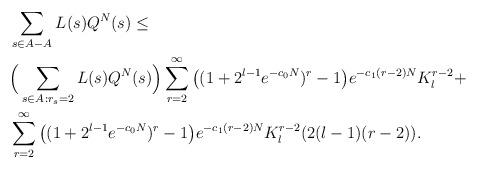
LaTeX: \begin{align*}\begin{aligned}&\sum_{s\in A-A_{}}L(s)Q^N(s)\le\\&\Big(\sum_{s\in A_{}:r_s=2}L(s)Q^N(s)\Big)\sum_{r=2}^\infty \big((1+2^{l-1}e^{-c_0N})^r-1\big)e^{-c_1(r-2)N}K_l^{r-2}+\\&\sum_{r=2}^\infty \big((1+2^{l-1}e^{-c_0N})^r-1\big)e^{-c_1(r-2)N}K_l^{r-2}(2(l-1)(r-2)).\end{aligned}\end{align*}